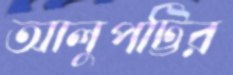
আলুপট্টির